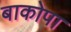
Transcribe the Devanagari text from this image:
बाकोपा